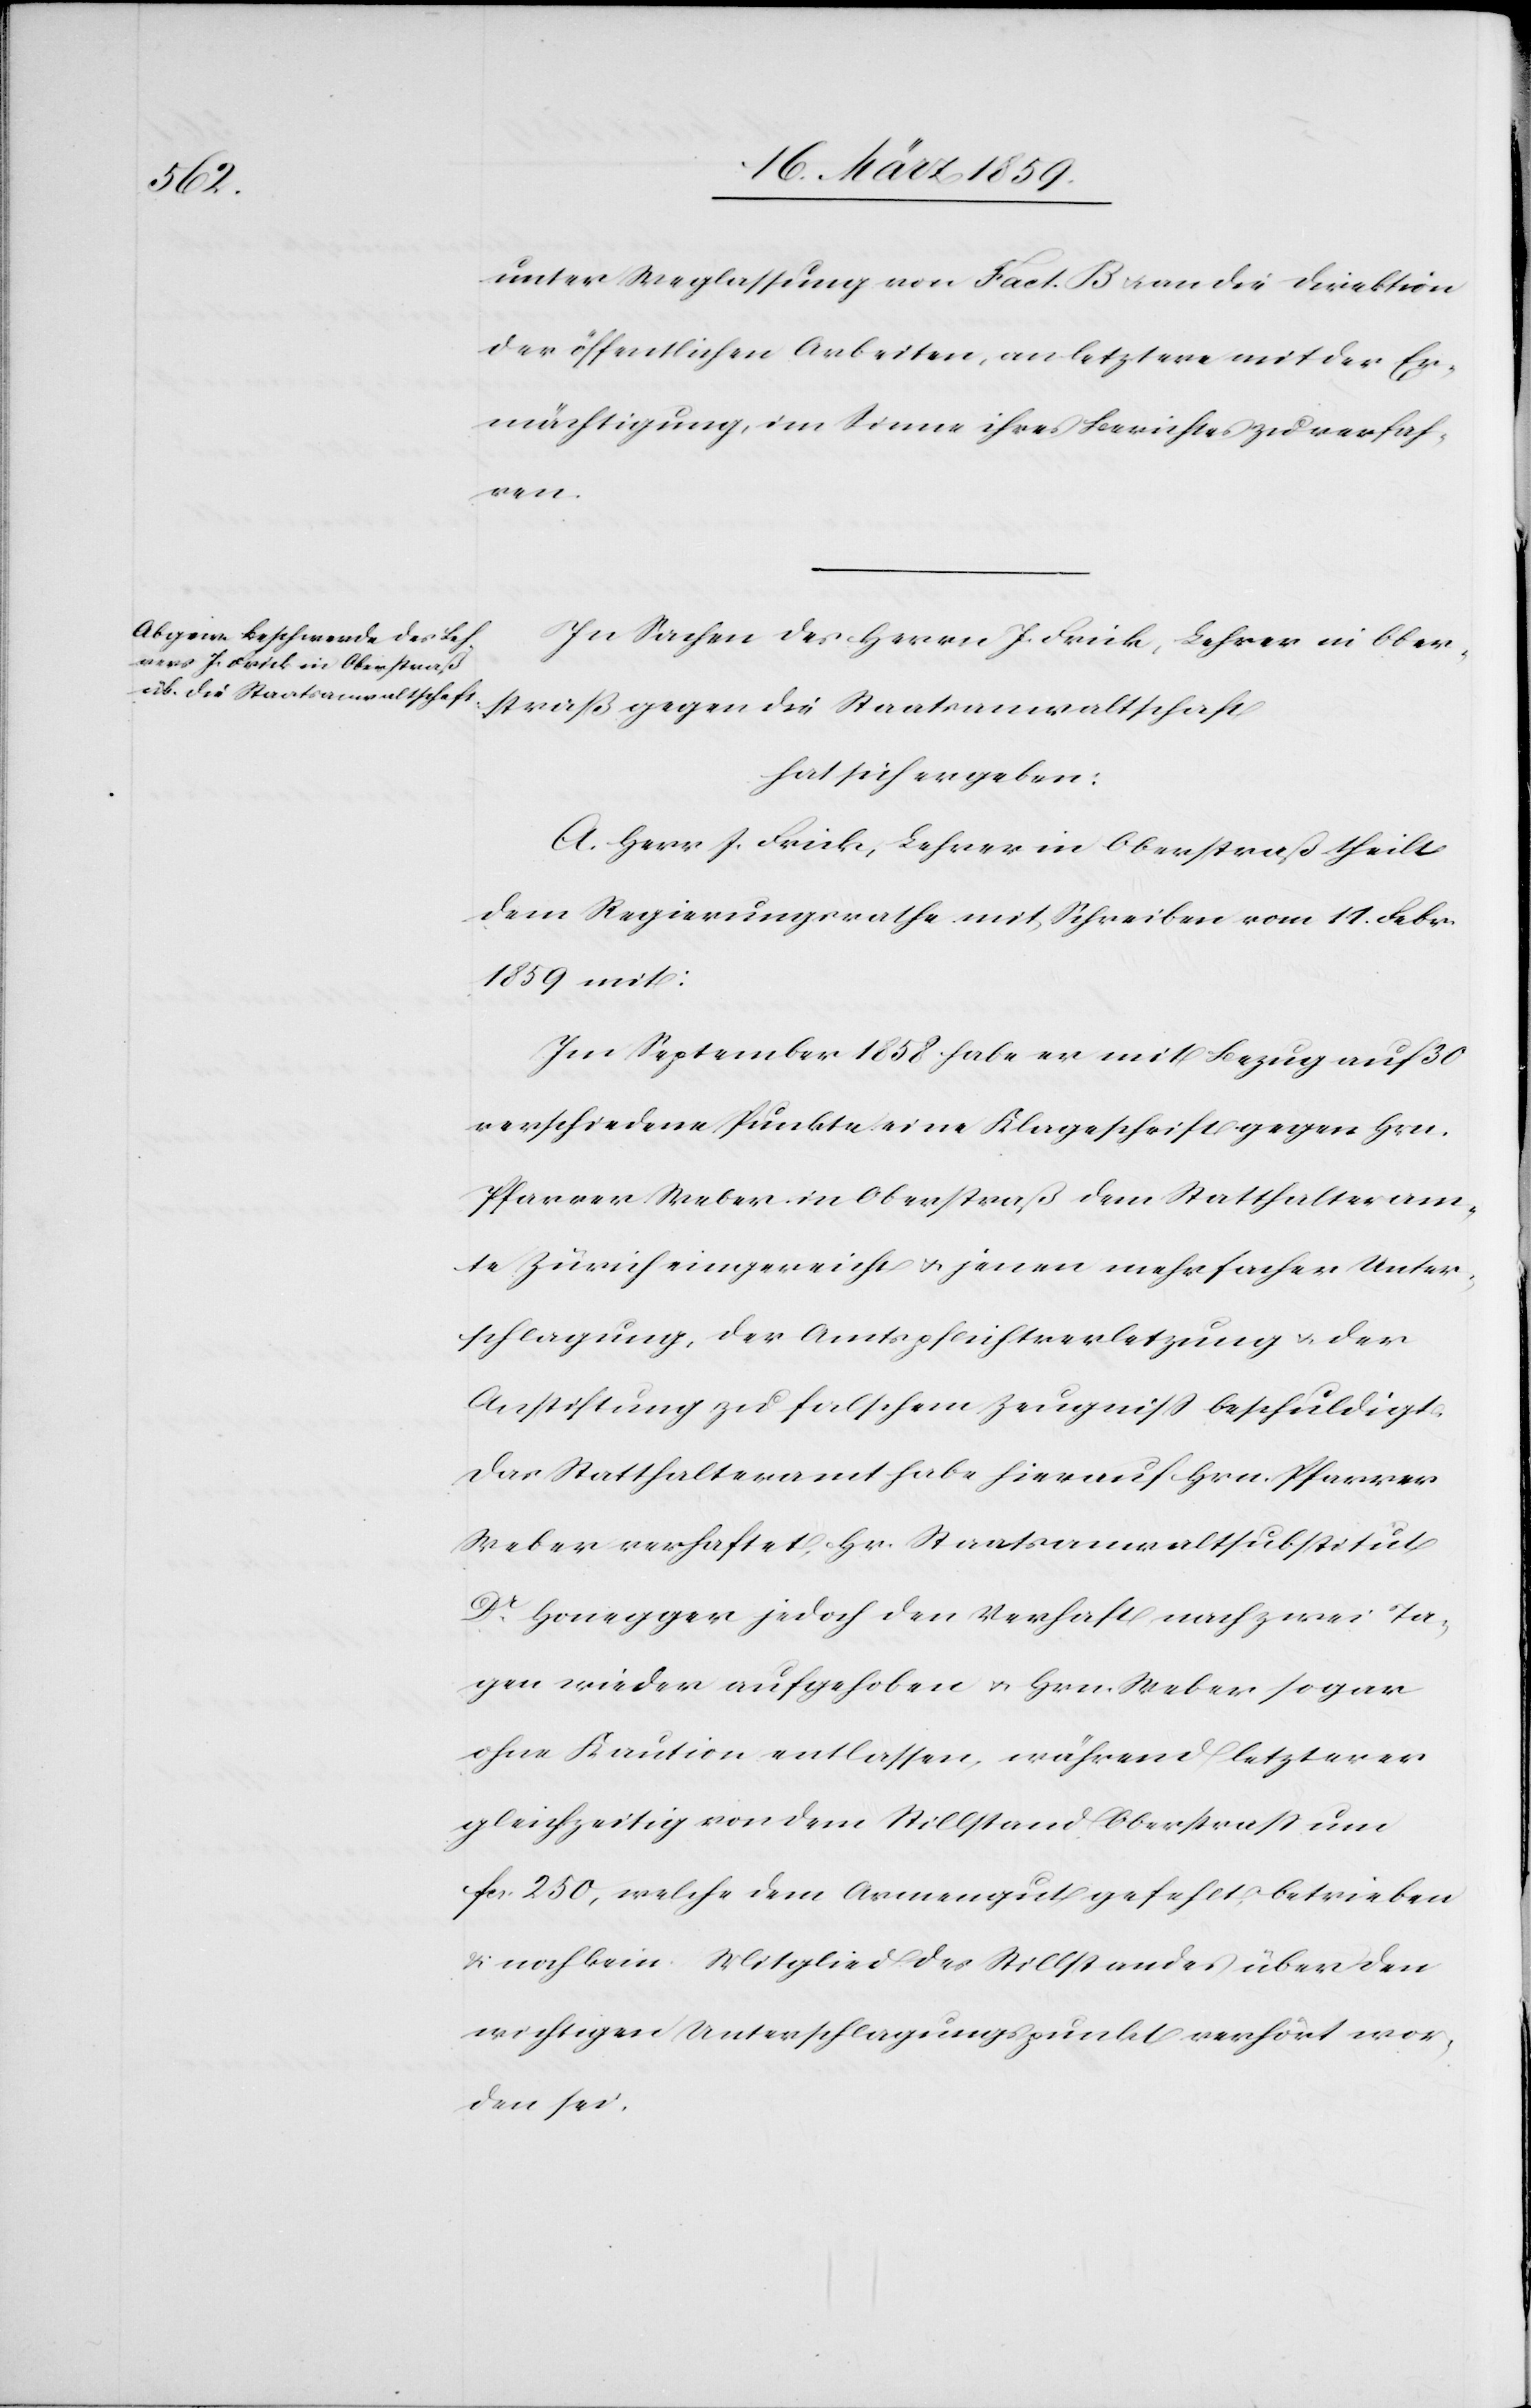
unter Weglassung von Fact. B. u. an die Direktion
der öffentlichen Arbeiten, an letzere mit der Er¬
mächtigung, im Sinne ihres Berichtes zu verfah¬
ren.
In Sachen des Herrn J. Frick, Lehrer in Ober¬
straß gegen die Staatsanwaltschaft
hat sich ergeben:
A. Herr J. Frick, Lehrer in Oberstraß theilt
dem Regierungsrathe mit Schreiben vom 11. Febr.
1859 mit:
Im September 1858 habe er mit Bezug auf 30
verschiedene Punkte eine Klageschrift gegen Hrn.
Pfarrer Weber in Oberstraß dem Statthalteram¬
te Zürich eingereicht u. jenen mehrfacher Unter¬
schlagung, der Amtspflichtverletzung u. der
Anstiftung zu falschem Zeugniß beschuldigt.
Das Statthalteramt habe hierauf Hrn. Pfarrer
Weber verhaftet, Hr. Staatsanwaltsubstitut
Dr. Honegger jedoch den Verhaft nach zwei Ta¬
gen wieder aufgehoben u. Hrn. Weber sogar
ohne Kaution entlassen, während letzterer
gleichzeitig von dem Stillstand Oberstraß um
fcs. 250, welche dem Armengut gefehlt, betrieben
& noch kein Mitglied des Stillstandes über den
wichtigen Unterschlagungspunkt verhört wor¬
den sei.